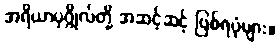
အရိယာပုဂ္ဂိုလ်တို့ အဆင့်ဆင့် ဖြစ်ရပုံများ။